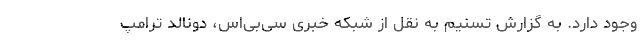
وجود دارد. به گزارش تسنیم به نقل از شبکه خبری سی‌بی‌اس، دونالد ترامپ